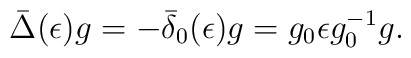
\bar\Delta (\epsilon) g = - \bar\delta_0 (\epsilon) g= g_0 \epsilon g_0^{-1}g.